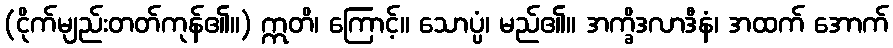
(ငိုက်မျည်းတတ်ကုန်၏။) ဣတိ၊ ကြောင့်။ သောပ္ပံ၊ မည်၏။ အက္ခိဒလာဒီနံ၊ အထက် အောက်